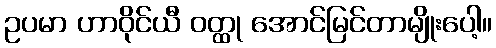
ဥပမာ ဟာဝိုင်ယီ ဝတ္ထု အောင်မြင်တာမျိုးပေါ့။